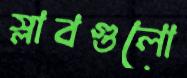
স্লাবগুলো